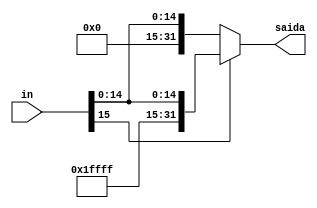
module ExtSinal(
	input wire[15:0] in,
	output wire[31:0] saida
);

reg [31:0] full;

always @ (in)
begin

if(in[15]==0)
  begin
  full = in;
  end
  else
  begin
  full = {16'b1111111111111111, in};
  end

end

assign saida = full;

endmodule